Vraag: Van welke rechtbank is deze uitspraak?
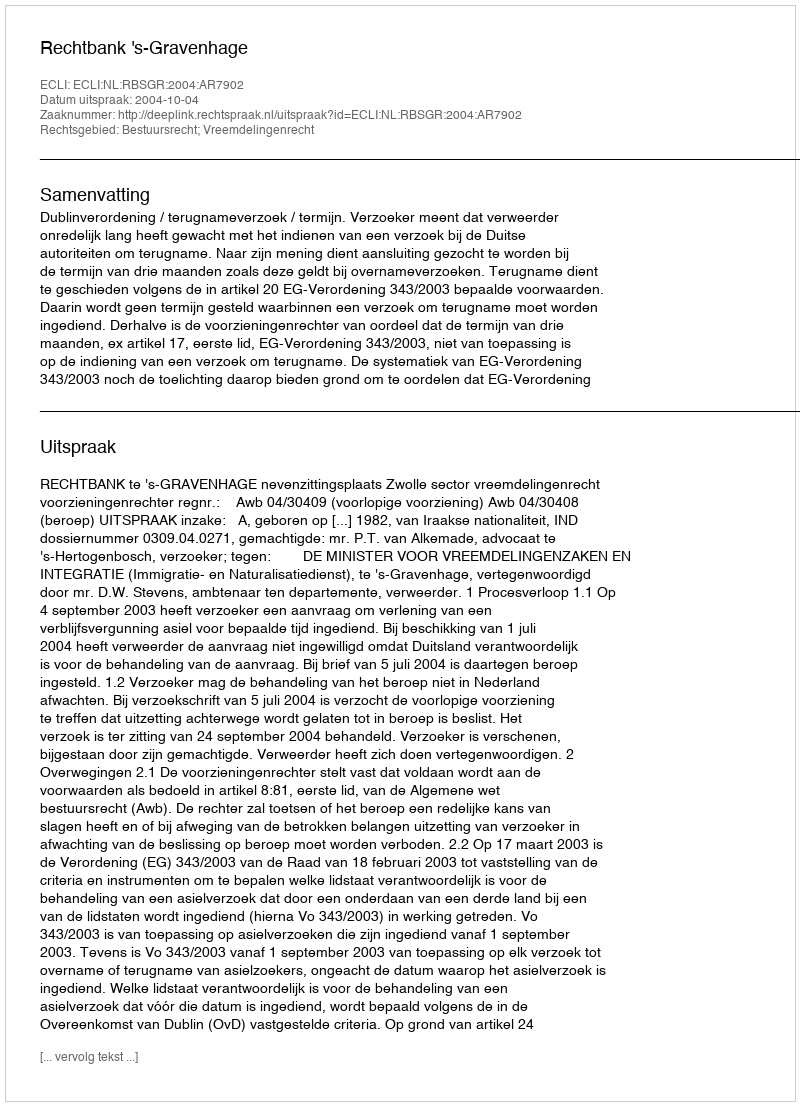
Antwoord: Rechtbank 's-Gravenhage